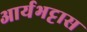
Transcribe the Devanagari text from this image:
आर्यभट्टास